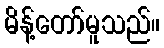
မိန့်တော်မူသည်။